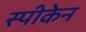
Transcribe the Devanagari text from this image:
स्पीकेन